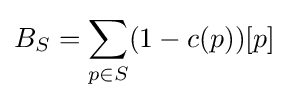
B_{S}=\sum _{p\in S}(1-c(p))[p]